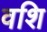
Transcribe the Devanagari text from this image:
वशि